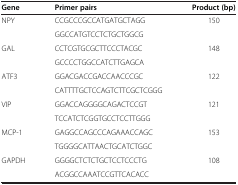
<table><thead><tr><td><b>Gene</b></td><td><b>Primer pairs</b></td><td><b>Product (bp)</b></td></tr></thead><tbody><tr><td>NPY</td><td>CCGCCCGCCATGATGCTAGG</td><td>150</td></tr><tr><td> </td><td>GGCCATGTCCTCTGCTGGCG</td><td> </td></tr><tr><td>GAL</td><td>CCTCGTGCGCTTCCCTACGC</td><td>148</td></tr><tr><td> </td><td>GCCCCTGGCCATCTTGAGCA</td><td> </td></tr><tr><td>ATF3</td><td>GGACGACCGACCAACCCGC</td><td>122</td></tr><tr><td> </td><td>CATTTTGCTCCAGTCTTCGCTCGGG</td><td> </td></tr><tr><td>VIP</td><td>GGACCAGGGGCAGACTCCGT</td><td>121</td></tr><tr><td> </td><td>TCCATCTCGGTGCCTCCTTGGG</td><td> </td></tr><tr><td>MCP-1</td><td>GAGGCCAGCCCAGAAACCAGC</td><td>153</td></tr><tr><td> </td><td>TGGGGCATTAACTGCATCTGGC</td><td> </td></tr><tr><td>GAPDH</td><td>GGGGCTCTCTGCTCCTCCCTG</td><td>108</td></tr><tr><td> </td><td>ACGGCCAAATCCGTTCACACC</td><td> </td></tr></tbody></table>